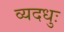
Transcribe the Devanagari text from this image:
व्यदधुः